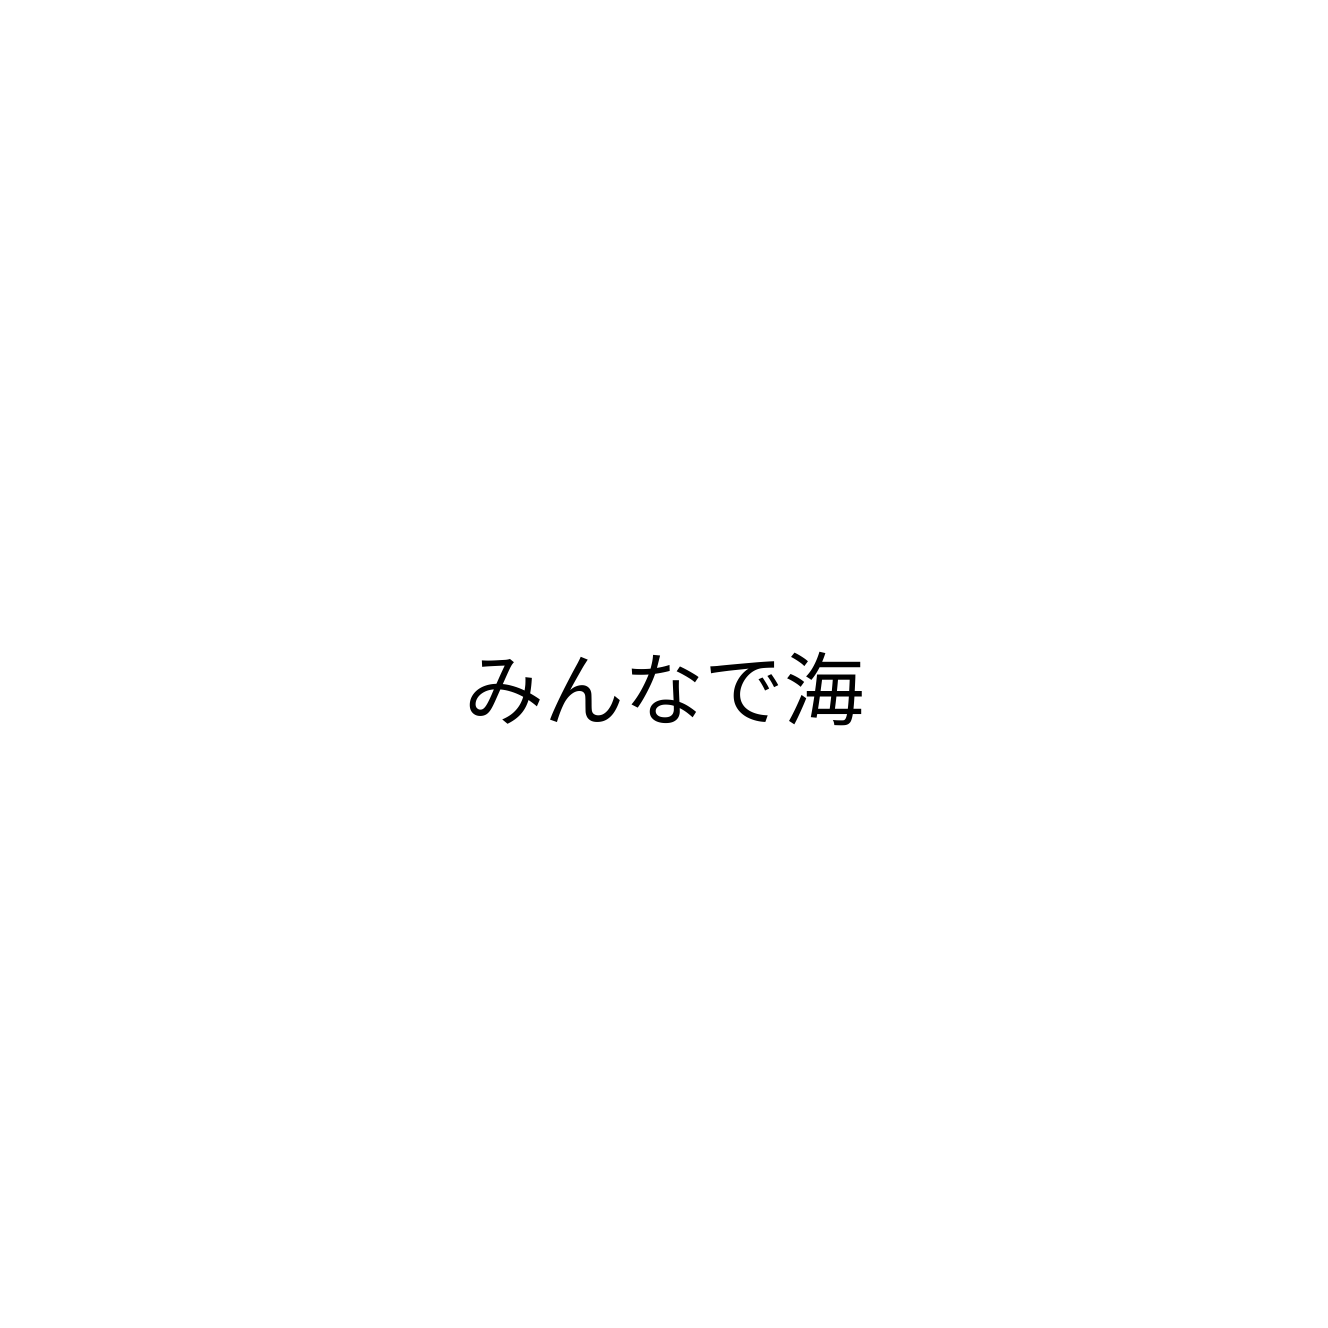
みんなで海